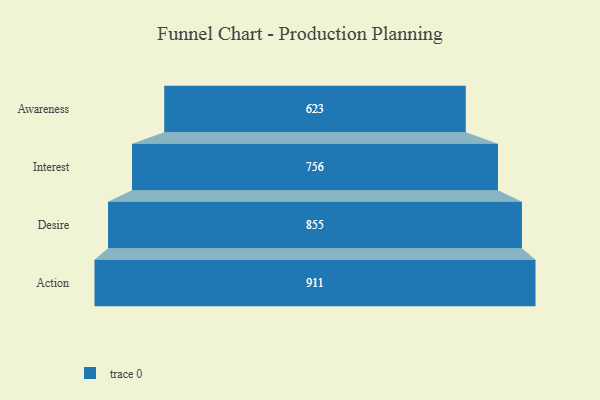
{"axis": {"x": "Stage", "y": "Value"}, "legend": [""], "data": [{"x": "Awareness", "y": 623.0, "type": ""}, {"x": "Interest", "y": 756.0, "type": ""}, {"x": "Desire", "y": 855.0, "type": ""}, {"x": "Action", "y": 911.0, "type": ""}]}